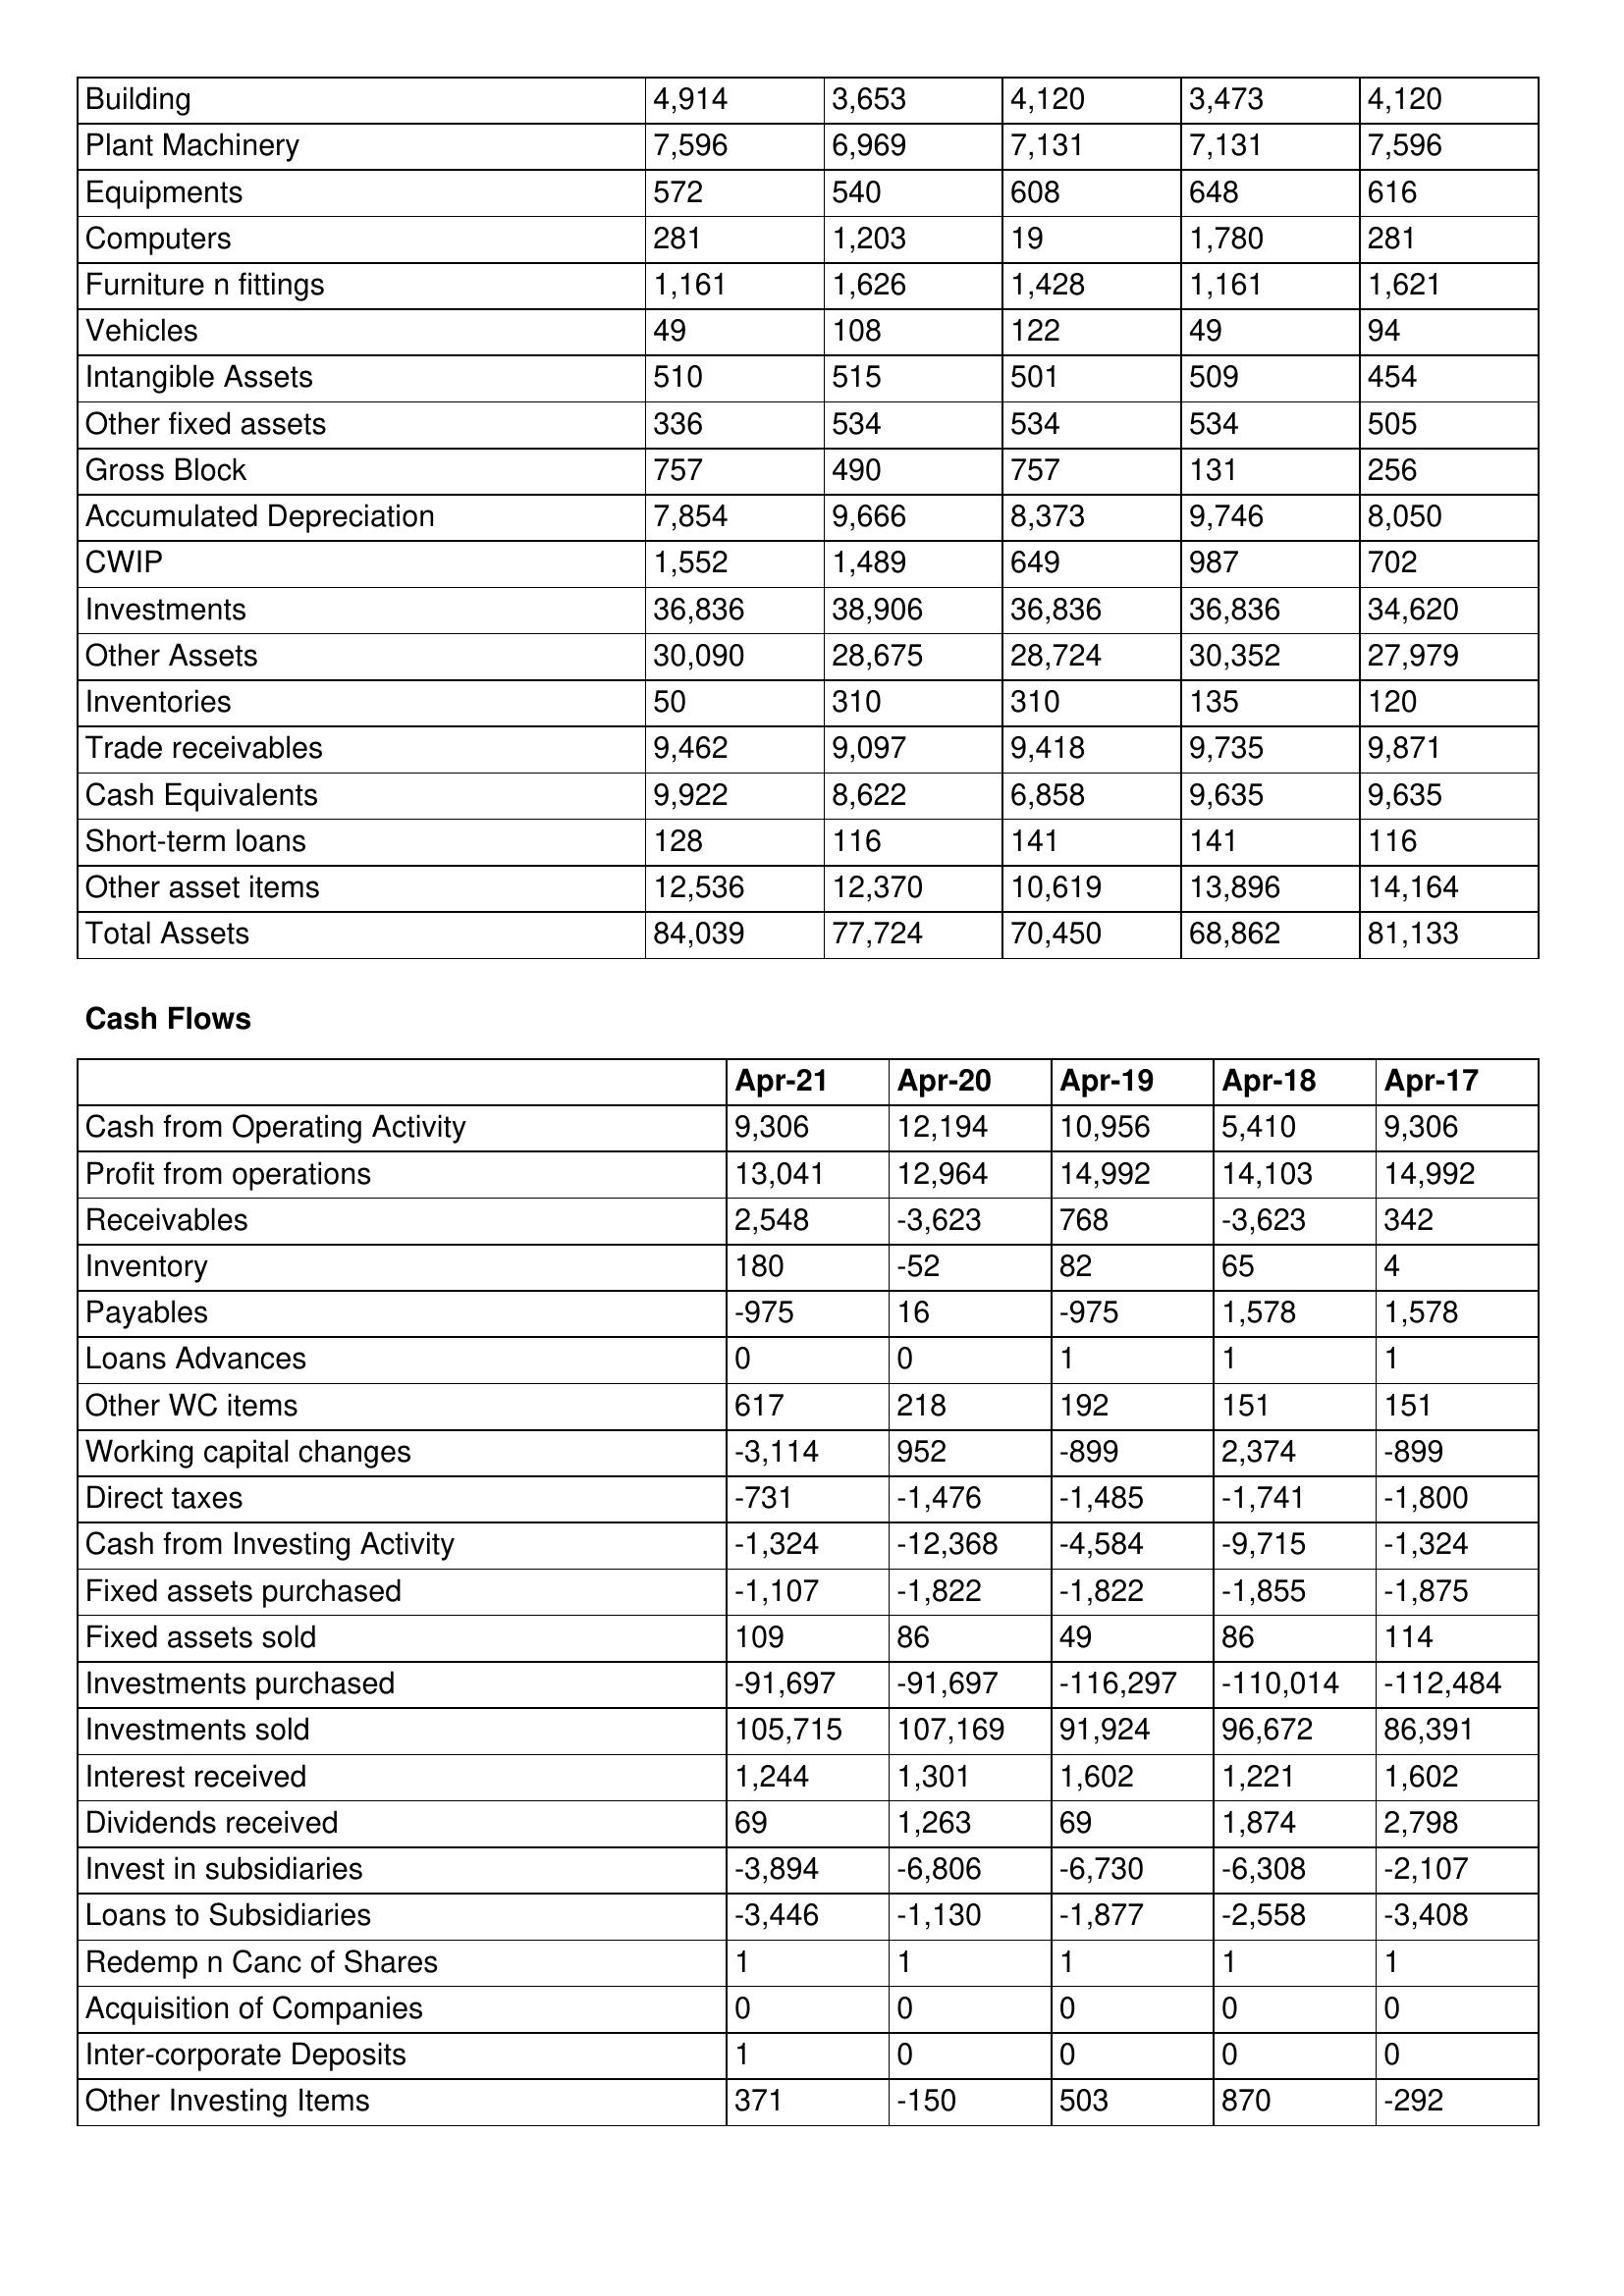
gt_parse: Apr-21: Balance Sheet: Building: 4,914
Plant Machinery: 7,596
Equipments: 572
Computers: 281
Furniture n fittings: 1,161
Vehicles: 49
Intangible Assets: 510
Other fixed assets: 336
Gross Block: 757
Accumulated Depreciation: 7,854
CWIP: 1,552
Investments: 36,836
Other Assets: 30,090
Inventories: 50
Trade receivables: 9,462
Cash Equivalents: 9,922
Short-term loans: 128
Other asset items: 12,536
Total Assets: 84,039
Cash Flows: Cash from Operating Activity: 9,306
Profit from operations: 13,041
Receivables: 2,548
Inventory: 180
Payables: -975
Loans Advances: 0
Other WC items: 617
Working capital changes: -3,114
Direct taxes: -731
Cash from Investing Activity: -1,324
Fixed assets purchased: -1,107
Fixed assets sold: 109
Investments purchased: -91,697
Investments sold: 105,715
Interest received: 1,244
Dividends received: 69
Invest in subsidiaries: -3,894
Loans to Subsidiaries: -3,446
Redemp n Canc of Shares: 1
Acquisition of Companies: 0
Inter-corporate Deposits: 1
Other Investing Items: 371
Apr-20: Balance Sheet: Building: 3,653
Plant Machinery: 6,969
Equipments: 540
Computers: 1,203
Furniture n fittings: 1,626
Vehicles: 108
Intangible Assets: 515
Other fixed assets: 534
Gross Block: 490
Accumulated Depreciation: 9,666
CWIP: 1,489
Investments: 38,906
Other Assets: 28,675
Inventories: 310
Trade receivables: 9,097
Cash Equivalents: 8,622
Short-term loans: 116
Other asset items: 12,370
Total Assets: 77,724
Cash Flows: Cash from Operating Activity: 12,194
Profit from operations: 12,964
Receivables: -3,623
Inventory: -52
Payables: 16
Loans Advances: 0
Other WC items: 218
Working capital changes: 952
Direct taxes: -1,476
Cash from Investing Activity: -12,368
Fixed assets purchased: -1,822
Fixed assets sold: 86
Investments purchased: -91,697
Investments sold: 107,169
Interest received: 1,301
Dividends received: 1,263
Invest in subsidiaries: -6,806
Loans to Subsidiaries: -1,130
Redemp n Canc of Shares: 1
Acquisition of Companies: 0
Inter-corporate Deposits: 0
Other Investing Items: -150
Apr-19: Balance Sheet: Building: 4,120
Plant Machinery: 7,131
Equipments: 608
Computers: 19
Furniture n fittings: 1,428
Vehicles: 122
Intangible Assets: 501
Other fixed assets: 534
Gross Block: 757
Accumulated Depreciation: 8,373
CWIP: 649
Investments: 36,836
Other Assets: 28,724
Inventories: 310
Trade receivables: 9,418
Cash Equivalents: 6,858
Short-term loans: 141
Other asset items: 10,619
Total Assets: 70,450
Cash Flows: Cash from Operating Activity: 10,956
Profit from operations: 14,992
Receivables: 768
Inventory: 82
Payables: -975
Loans Advances: 1
Other WC items: 192
Working capital changes: -899
Direct taxes: -1,485
Cash from Investing Activity: -4,584
Fixed assets purchased: -1,822
Fixed assets sold: 49
Investments purchased: -116,297
Investments sold: 91,924
Interest received: 1,602
Dividends received: 69
Invest in subsidiaries: -6,730
Loans to Subsidiaries: -1,877
Redemp n Canc of Shares: 1
Acquisition of Companies: 0
Inter-corporate Deposits: 0
Other Investing Items: 503
Apr-18: Balance Sheet: Building: 3,473
Plant Machinery: 7,131
Equipments: 648
Computers: 1,780
Furniture n fittings: 1,161
Vehicles: 49
Intangible Assets: 509
Other fixed assets: 534
Gross Block: 131
Accumulated Depreciation: 9,746
CWIP: 987
Investments: 36,836
Other Assets: 30,352
Inventories: 135
Trade receivables: 9,735
Cash Equivalents: 9,635
Short-term loans: 141
Other asset items: 13,896
Total Assets: 68,862
Cash Flows: Cash from Operating Activity: 5,410
Profit from operations: 14,103
Receivables: -3,623
Inventory: 65
Payables: 1,578
Loans Advances: 1
Other WC items: 151
Working capital changes: 2,374
Direct taxes: -1,741
Cash from Investing Activity: -9,715
Fixed assets purchased: -1,855
Fixed assets sold: 86
Investments purchased: -110,014
Investments sold: 96,672
Interest received: 1,221
Dividends received: 1,874
Invest in subsidiaries: -6,308
Loans to Subsidiaries: -2,558
Redemp n Canc of Shares: 1
Acquisition of Companies: 0
Inter-corporate Deposits: 0
Other Investing Items: 870
Apr-17: Balance Sheet: Building: 4,120
Plant Machinery: 7,596
Equipments: 616
Computers: 281
Furniture n fittings: 1,621
Vehicles: 94
Intangible Assets: 454
Other fixed assets: 505
Gross Block: 256
Accumulated Depreciation: 8,050
CWIP: 702
Investments: 34,620
Other Assets: 27,979
Inventories: 120
Trade receivables: 9,871
Cash Equivalents: 9,635
Short-term loans: 116
Other asset items: 14,164
Total Assets: 81,133
Cash Flows: Cash from Operating Activity: 9,306
Profit from operations: 14,992
Receivables: 342
Inventory: 4
Payables: 1,578
Loans Advances: 1
Other WC items: 151
Working capital changes: -899
Direct taxes: -1,800
Cash from Investing Activity: -1,324
Fixed assets purchased: -1,875
Fixed assets sold: 114
Investments purchased: -112,484
Investments sold: 86,391
Interest received: 1,602
Dividends received: 2,798
Invest in subsidiaries: -2,107
Loans to Subsidiaries: -3,408
Redemp n Canc of Shares: 1
Acquisition of Companies: 0
Inter-corporate Deposits: 0
Other Investing Items: -292